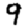
Digit: 9